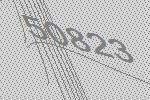
50823